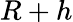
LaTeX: R+h